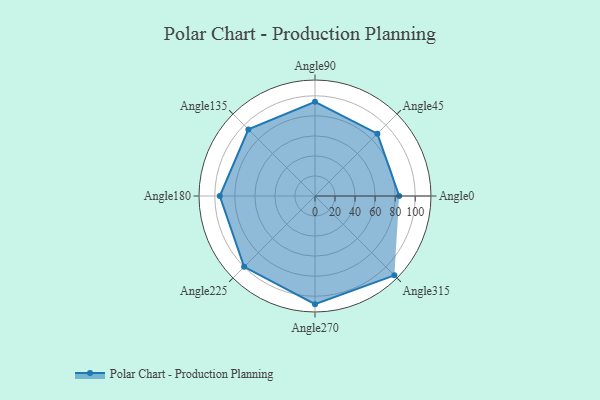
{"axis": {"x": "Angle", "y": "Radius"}, "legend": [""], "data": [{"x": "Angle0", "y": 84.0, "type": ""}, {"x": "Angle45", "y": 88.0, "type": ""}, {"x": "Angle90", "y": 94.0, "type": ""}, {"x": "Angle135", "y": 94.0, "type": ""}, {"x": "Angle180", "y": 95.0, "type": ""}, {"x": "Angle225", "y": 100.0, "type": ""}, {"x": "Angle270", "y": 108.0, "type": ""}, {"x": "Angle315", "y": 112.0, "type": ""}]}